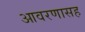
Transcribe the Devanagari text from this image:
आवरणासह